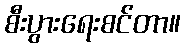
စီးပွားရေးစင်တာ။